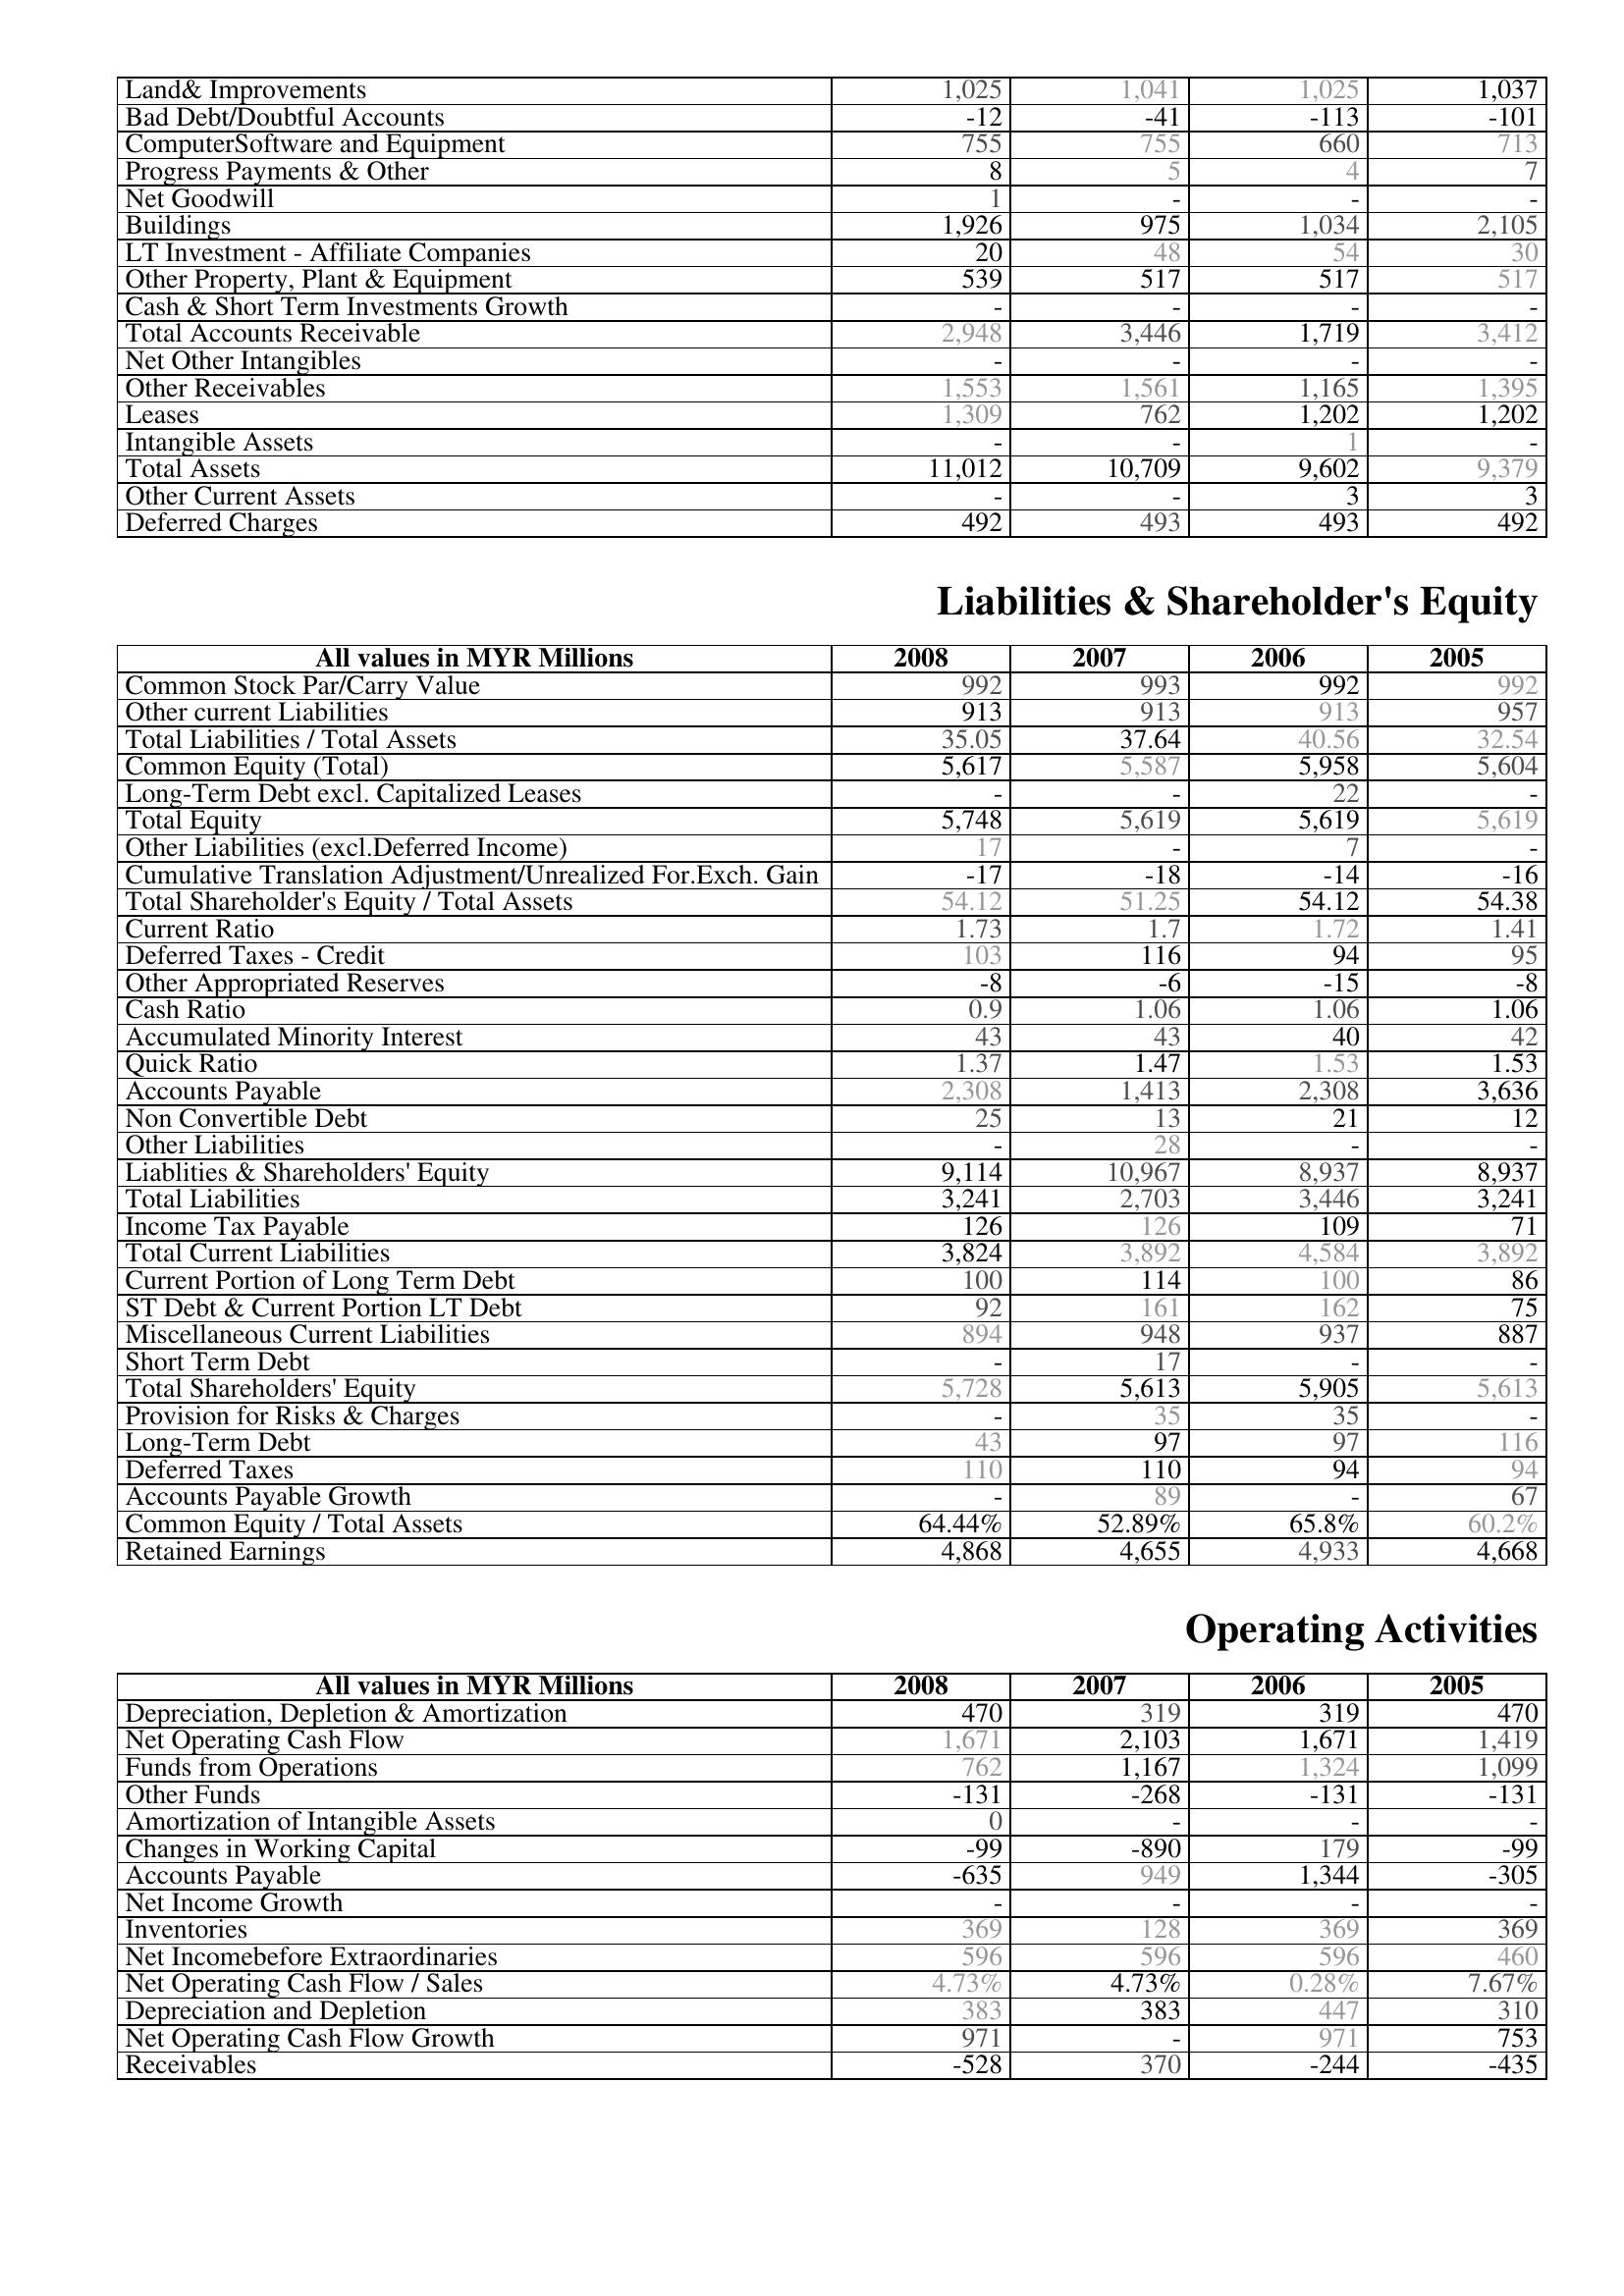
2008: Assets: Land& Improvements: 1,025
Bad Debt/Doubtful Accounts: -12
ComputerSoftware and Equipment: 755
Progress Payments & Other: 8
Net Goodwill: 1
Buildings: 1,926
LT Investment - Affiliate Companies: 20
Other Property, Plant & Equipment: 539
Cash & Short Term Investments Growth: -
Total Accounts Receivable: 2,948
Net Other Intangibles: -
Other Receivables: 1,553
Leases: 1,309
Intangible Assets: -
Total Assets: 11,012
Other Current Assets: -
Deferred Charges: 492
Liabilities & Shareholder's Equity: Common Stock Par/Carry Value: 992
Other current Liabilities: 913
Total Liabilities / Total Assets: 35.05
Common Equity (Total): 5,617
Long-Term Debt excl. Capitalized Leases: -
Total Equity: 5,748
Other Liabilities (excl.Deferred Income): 17
Cumulative Translation Adjustment/Unrealized For.Exch. Gain: -17
Total Shareholder's Equity / Total Assets: 54.12
Current Ratio: 1.73
Deferred Taxes - Credit: 103
Other Appropriated Reserves: -8
Cash Ratio: 0.9
Accumulated Minority Interest: 43
Quick Ratio: 1.37
Accounts Payable: 2,308
Non Convertible Debt: 25
Other Liabilities: -
Liablities & Shareholders' Equity: 9,114
Total Liabilities: 3,241
Income Tax Payable: 126
Total Current Liabilities: 3,824
Current Portion of Long Term Debt: 100
ST Debt & Current Portion LT Debt: 92
Miscellaneous Current Liabilities: 894
Short Term Debt: -
Total Shareholders' Equity: 5,728
Provision for Risks & Charges: -
Long-Term Debt: 43
Deferred Taxes: 110
Accounts Payable Growth: -
Common Equity / Total Assets: 64.44%
Retained Earnings: 4,868
Operating Activities: Depreciation, Depletion & Amortization: 470
Net Operating Cash Flow: 1,671
Funds from Operations: 762
Other Funds: -131
Amortization of Intangible Assets: 0
Changes in Working Capital: -99
Accounts Payable: -635
Net Income Growth: -
Inventories: 369
Net Incomebefore Extraordinaries: 596
Net Operating Cash Flow / Sales: 4.73%
Depreciation and Depletion: 383
Net Operating Cash Flow Growth: 971
Receivables: -528
2007: Assets: Land& Improvements: 1,041
Bad Debt/Doubtful Accounts: -41
ComputerSoftware and Equipment: 755
Progress Payments & Other: 5
Net Goodwill: -
Buildings: 975
LT Investment - Affiliate Companies: 48
Other Property, Plant & Equipment: 517
Cash & Short Term Investments Growth: -
Total Accounts Receivable: 3,446
Net Other Intangibles: -
Other Receivables: 1,561
Leases: 762
Intangible Assets: -
Total Assets: 10,709
Other Current Assets: -
Deferred Charges: 493
Liabilities & Shareholder's Equity: Common Stock Par/Carry Value: 993
Other current Liabilities: 913
Total Liabilities / Total Assets: 37.64
Common Equity (Total): 5,587
Long-Term Debt excl. Capitalized Leases: -
Total Equity: 5,619
Other Liabilities (excl.Deferred Income): -
Cumulative Translation Adjustment/Unrealized For.Exch. Gain: -18
Total Shareholder's Equity / Total Assets: 51.25
Current Ratio: 1.7
Deferred Taxes - Credit: 116
Other Appropriated Reserves: -6
Cash Ratio: 1.06
Accumulated Minority Interest: 43
Quick Ratio: 1.47
Accounts Payable: 1,413
Non Convertible Debt: 13
Other Liabilities: 28
Liablities & Shareholders' Equity: 10,967
Total Liabilities: 2,703
Income Tax Payable: 126
Total Current Liabilities: 3,892
Current Portion of Long Term Debt: 114
ST Debt & Current Portion LT Debt: 161
Miscellaneous Current Liabilities: 948
Short Term Debt: 17
Total Shareholders' Equity: 5,613
Provision for Risks & Charges: 35
Long-Term Debt: 97
Deferred Taxes: 110
Accounts Payable Growth: 89
Common Equity / Total Assets: 52.89%
Retained Earnings: 4,655
Operating Activities: Depreciation, Depletion & Amortization: 319
Net Operating Cash Flow: 2,103
Funds from Operations: 1,167
Other Funds: -268
Amortization of Intangible Assets: -
Changes in Working Capital: -890
Accounts Payable: 949
Net Income Growth: -
Inventories: 128
Net Incomebefore Extraordinaries: 596
Net Operating Cash Flow / Sales: 4.73%
Depreciation and Depletion: 383
Net Operating Cash Flow Growth: -
Receivables: 370
2006: Assets: Land& Improvements: 1,025
Bad Debt/Doubtful Accounts: -113
ComputerSoftware and Equipment: 660
Progress Payments & Other: 4
Net Goodwill: -
Buildings: 1,034
LT Investment - Affiliate Companies: 54
Other Property, Plant & Equipment: 517
Cash & Short Term Investments Growth: -
Total Accounts Receivable: 1,719
Net Other Intangibles: -
Other Receivables: 1,165
Leases: 1,202
Intangible Assets: 1
Total Assets: 9,602
Other Current Assets: 3
Deferred Charges: 493
Liabilities & Shareholder's Equity: Common Stock Par/Carry Value: 992
Other current Liabilities: 913
Total Liabilities / Total Assets: 40.56
Common Equity (Total): 5,958
Long-Term Debt excl. Capitalized Leases: 22
Total Equity: 5,619
Other Liabilities (excl.Deferred Income): 7
Cumulative Translation Adjustment/Unrealized For.Exch. Gain: -14
Total Shareholder's Equity / Total Assets: 54.12
Current Ratio: 1.72
Deferred Taxes - Credit: 94
Other Appropriated Reserves: -15
Cash Ratio: 1.06
Accumulated Minority Interest: 40
Quick Ratio: 1.53
Accounts Payable: 2,308
Non Convertible Debt: 21
Other Liabilities: -
Liablities & Shareholders' Equity: 8,937
Total Liabilities: 3,446
Income Tax Payable: 109
Total Current Liabilities: 4,584
Current Portion of Long Term Debt: 100
ST Debt & Current Portion LT Debt: 162
Miscellaneous Current Liabilities: 937
Short Term Debt: -
Total Shareholders' Equity: 5,905
Provision for Risks & Charges: 35
Long-Term Debt: 97
Deferred Taxes: 94
Accounts Payable Growth: -
Common Equity / Total Assets: 65.8%
Retained Earnings: 4,933
Operating Activities: Depreciation, Depletion & Amortization: 319
Net Operating Cash Flow: 1,671
Funds from Operations: 1,324
Other Funds: -131
Amortization of Intangible Assets: -
Changes in Working Capital: 179
Accounts Payable: 1,344
Net Income Growth: -
Inventories: 369
Net Incomebefore Extraordinaries: 596
Net Operating Cash Flow / Sales: 0.28%
Depreciation and Depletion: 447
Net Operating Cash Flow Growth: 971
Receivables: -244
2005: Assets: Land& Improvements: 1,037
Bad Debt/Doubtful Accounts: -101
ComputerSoftware and Equipment: 713
Progress Payments & Other: 7
Net Goodwill: -
Buildings: 2,105
LT Investment - Affiliate Companies: 30
Other Property, Plant & Equipment: 517
Cash & Short Term Investments Growth: -
Total Accounts Receivable: 3,412
Net Other Intangibles: -
Other Receivables: 1,395
Leases: 1,202
Intangible Assets: -
Total Assets: 9,379
Other Current Assets: 3
Deferred Charges: 492
Liabilities & Shareholder's Equity: Common Stock Par/Carry Value: 992
Other current Liabilities: 957
Total Liabilities / Total Assets: 32.54
Common Equity (Total): 5,604
Long-Term Debt excl. Capitalized Leases: -
Total Equity: 5,619
Other Liabilities (excl.Deferred Income): -
Cumulative Translation Adjustment/Unrealized For.Exch. Gain: -16
Total Shareholder's Equity / Total Assets: 54.38
Current Ratio: 1.41
Deferred Taxes - Credit: 95
Other Appropriated Reserves: -8
Cash Ratio: 1.06
Accumulated Minority Interest: 42
Quick Ratio: 1.53
Accounts Payable: 3,636
Non Convertible Debt: 12
Other Liabilities: -
Liablities & Shareholders' Equity: 8,937
Total Liabilities: 3,241
Income Tax Payable: 71
Total Current Liabilities: 3,892
Current Portion of Long Term Debt: 86
ST Debt & Current Portion LT Debt: 75
Miscellaneous Current Liabilities: 887
Short Term Debt: -
Total Shareholders' Equity: 5,613
Provision for Risks & Charges: -
Long-Term Debt: 116
Deferred Taxes: 94
Accounts Payable Growth: 67
Common Equity / Total Assets: 60.2%
Retained Earnings: 4,668
Operating Activities: Depreciation, Depletion & Amortization: 470
Net Operating Cash Flow: 1,419
Funds from Operations: 1,099
Other Funds: -131
Amortization of Intangible Assets: -
Changes in Working Capital: -99
Accounts Payable: -305
Net Income Growth: -
Inventories: 369
Net Incomebefore Extraordinaries: 460
Net Operating Cash Flow / Sales: 7.67%
Depreciation and Depletion: 310
Net Operating Cash Flow Growth: 753
Receivables: -435